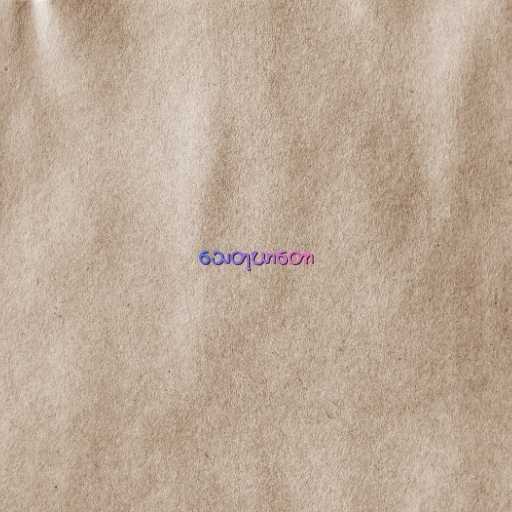
သေတုဃာတော